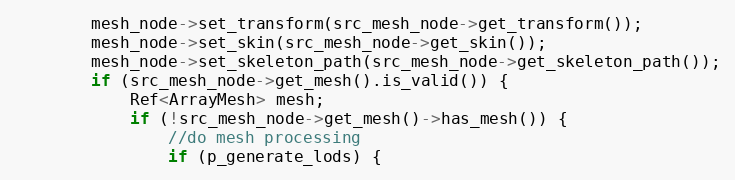
Language: C++
		mesh_node->set_transform(src_mesh_node->get_transform());
		mesh_node->set_skin(src_mesh_node->get_skin());
		mesh_node->set_skeleton_path(src_mesh_node->get_skeleton_path());
		if (src_mesh_node->get_mesh().is_valid()) {
			Ref<ArrayMesh> mesh;
			if (!src_mesh_node->get_mesh()->has_mesh()) {
				//do mesh processing
				if (p_generate_lods) {